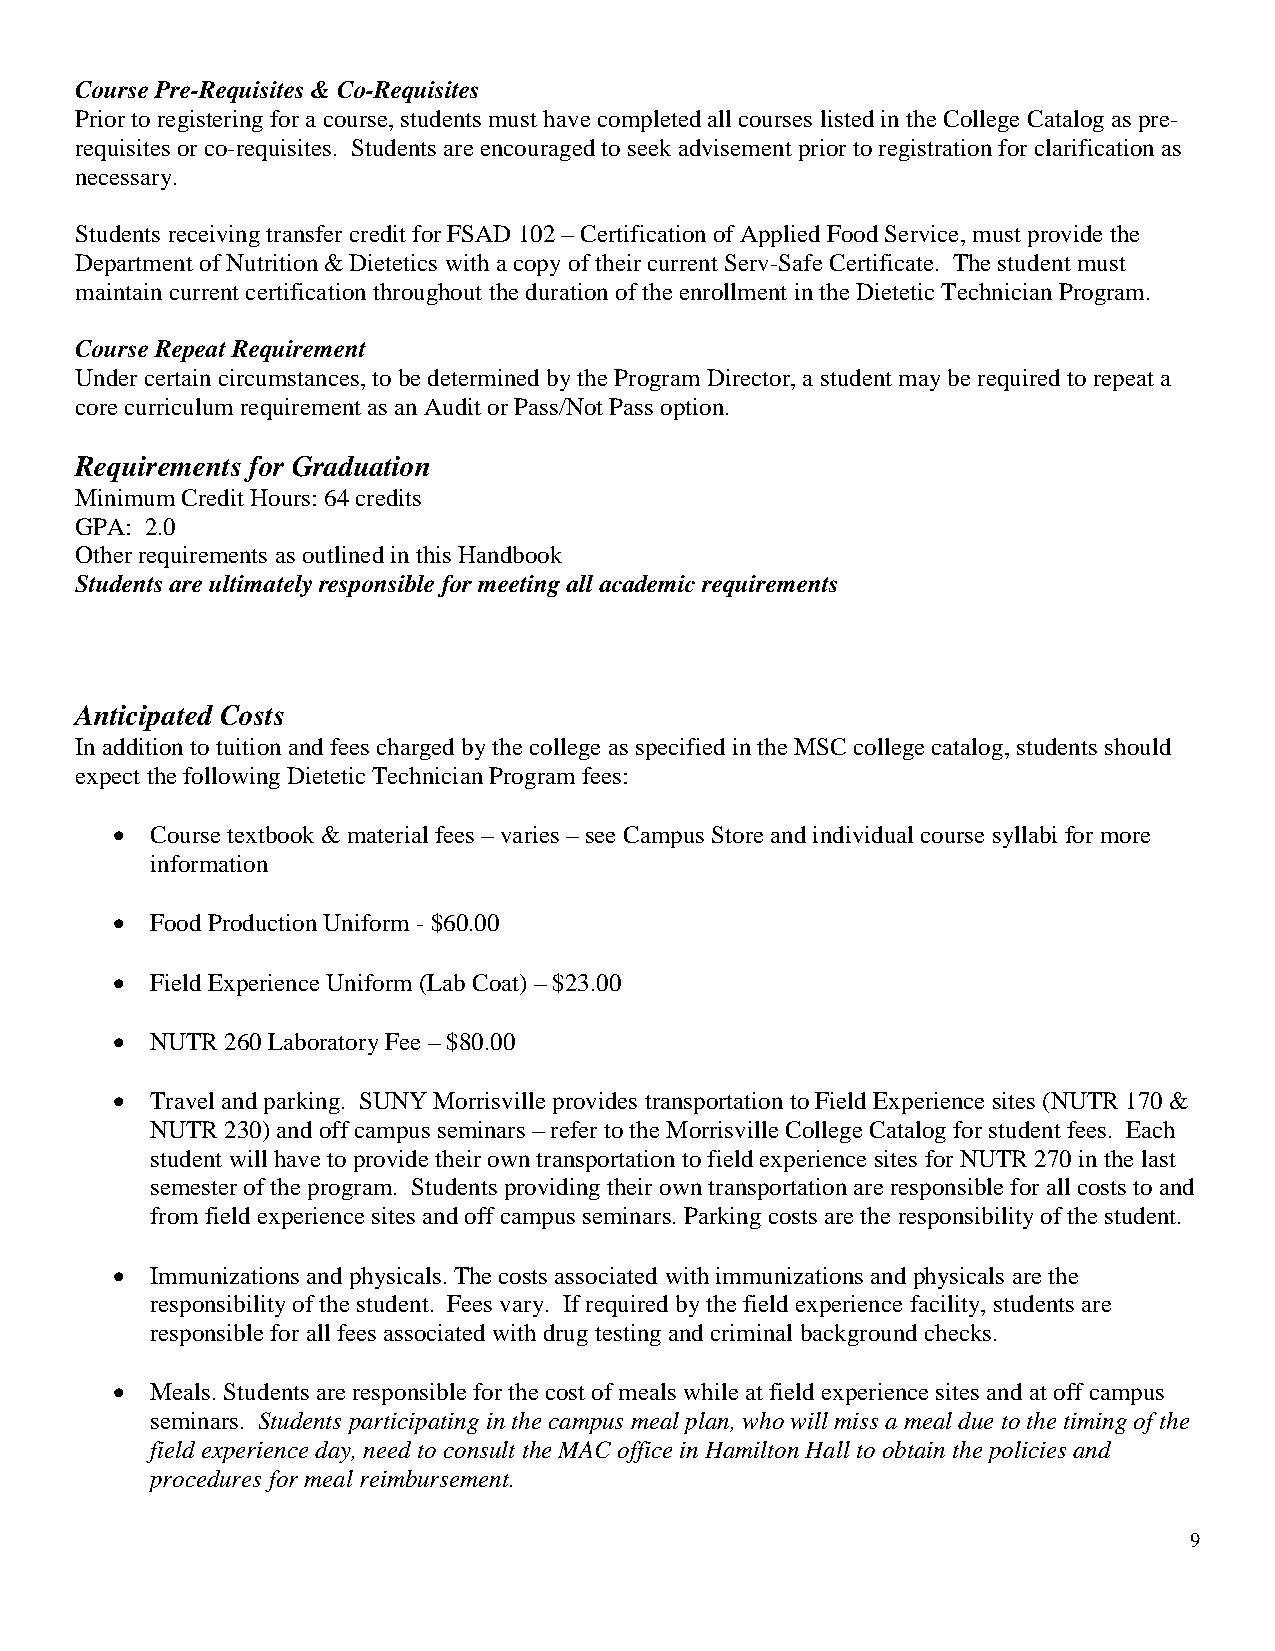
Course Pre-Requisites & Co-Requisites
 Prior to registering for a course, students must have completed all courses listed in the College Catalog as pre-
 requisites or co-requisites. Students are encouraged to seek advisement prior to registration for clarification as
 necessary.
 Students receiving transfer credit for FSAD 102 – Certification of Applied Food Service, must provide the
 Department of Nutrition & Dietetics with a copy of their current Serv-Safe Certificate. The student must
 maintain current certification throughout the duration of the enrollment in the Dietetic Technician Program.
 Course Repeat Requirement
 Under certain circumstances, to be determined by the Program Director, a student may be required to repeat a
 core curriculum requirement as an Audit or Pass/Not Pass option.
 Requirements for Graduation
 Minimum Credit Hours: 64 credits
 GPA: 2.0
 Other requirements as outlined in this Handbook
 Students are ultimately responsible for meeting all academic requirements
 Anticipated Costs
 In addition to tuition and fees charged by the college as specified in the MSC college catalog, students should
 expect the following Dietetic Technician Program fees:
 •  Course textbook & material fees – varies – see Campus Store and individual course syllabi for more
 information
 •  Food Production Uniform - $60.00
 •  Field Experience Uniform (Lab Coat) – $23.00
 •  NUTR 260 Laboratory Fee – $80.00
 •  Travel and parking. SUNY Morrisville provides transportation to Field Experience sites (NUTR 170 &
 NUTR 230) and off campus seminars – refer to the Morrisville College Catalog for student fees. Each
 student will have to provide their own transportation to field experience sites for NUTR 270 in the last
 semester of the program. Students providing their own transportation are responsible for all costs to and
 from field experience sites and off campus seminars. Parking costs are the responsibility of the student.
 •  Immunizations and physicals. The costs associated with immunizations and physicals are the
 responsibility of the student. Fees vary. If required by the field experience facility, students are
 responsible for all fees associated with drug testing and criminal background checks.
 •  Meals. Students are responsible for the cost of meals while at field experience sites and at off campus
 seminars. Students participating in the campus meal plan, who will miss a meal due to the timing of the
 field experience day, need to consult the MAC office in Hamilton Hall to obtain the policies and
 procedures for meal reimbursement.
 9